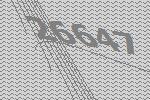
26647